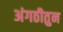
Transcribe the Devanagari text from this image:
अंगठीतुन